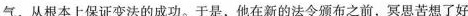
气，从根本上保证变法的成功。于是，他在新的法令颁布之前，冥思苦想了好